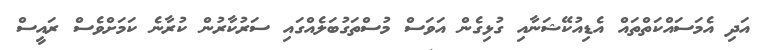
އަދި އެމަސައްކަތްތައް އެޑިއުކޭޝަނާއި ގުޅިގެން އަވަސް މުސްތަގުބަލެއްގައި ސަރުކާރުން ކުރާނެ ކަމަށްވެސް ރައީސް